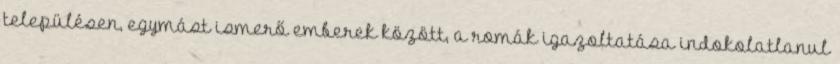
településen, egymást ismerő emberek között, a romák igazoltatása indokolatlanul